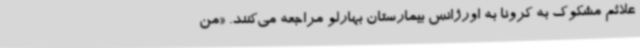
علائم مشکوک به کرونا به اورژانس بیمارستان بهارلو مراجعه می‌کنند. «من